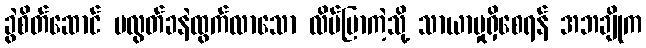
ခွဲစိတ်ဆောင် ဗလွတ်ခနဲထွက်လာသော လိပ်ပြာကဲ့သို့ သာယာမှုရှိစေရန် အဘချိုက